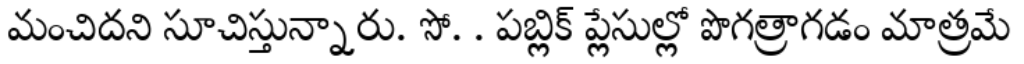
మంచిదని సూచిస్తున్నారు. సో. . పబ్లిక్ ప్లేసుల్లో పొగత్రాగడం మాత్రమే